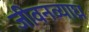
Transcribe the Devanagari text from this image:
जीवनव्याघ्र